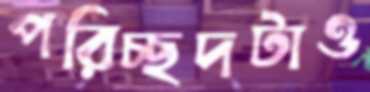
পরিচ্ছদটাও